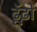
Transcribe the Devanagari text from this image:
ढूॅढो